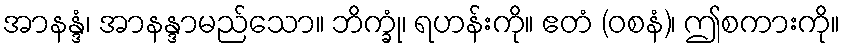
အာနန္ဒံ၊ အာနန္ဒာမည်သော။ ဘိက္ခုံ၊ ရဟန်းကို။ ဧတံ (ဝစနံ)၊ ဤစကားကို။